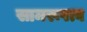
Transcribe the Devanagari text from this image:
सामरूपत्व